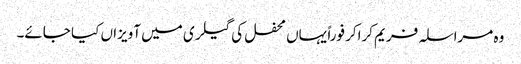
وہ مراسلہ فریم کراکر فوراً یہاں محفل کی گیلری میں آویزاں کیا جائے۔